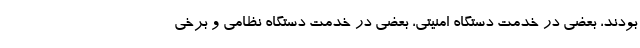
بودند، بعضی در خدمت دستگا‌ه امنیتی، بعضی در خدمت دستگاه نظامی و برخی